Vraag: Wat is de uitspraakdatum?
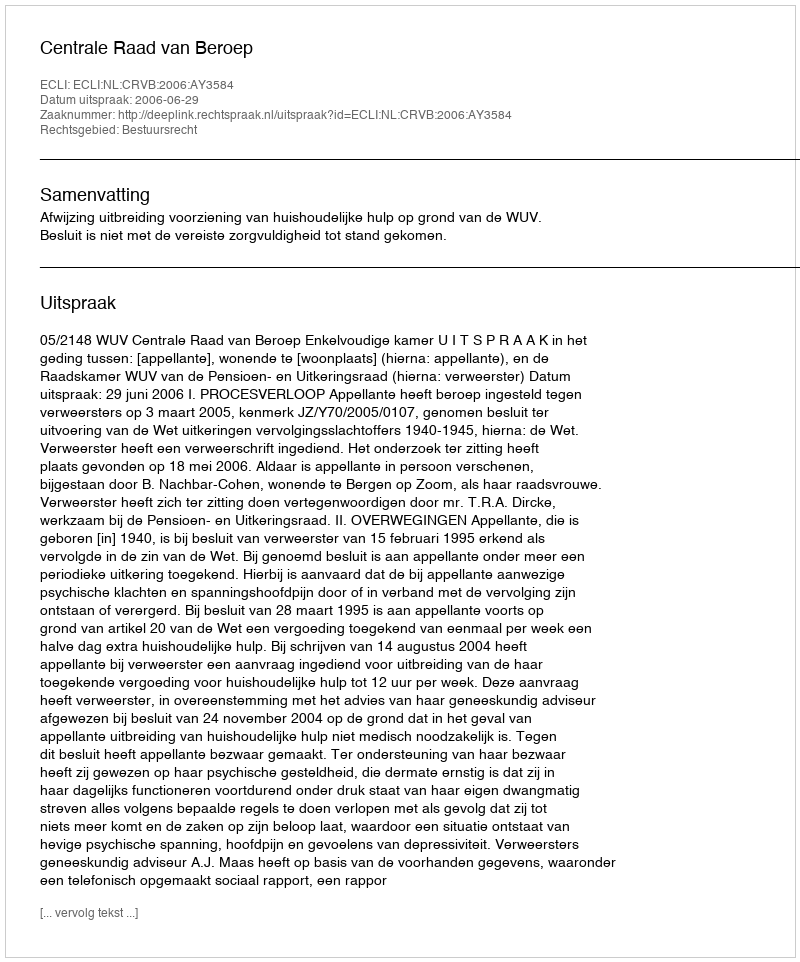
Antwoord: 2006-06-29